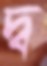
দ্ব